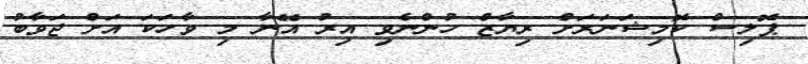
ޕޮލިސް ކޮމިޝަނަރަށް ރިޔާޒް ހުންނެވި އިރު އޭނާ މި ވާހަކަ އަށް ޖަވާބު